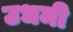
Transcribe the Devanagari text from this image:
उधमी